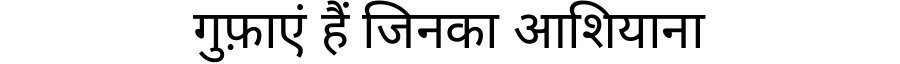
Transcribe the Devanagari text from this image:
गुफ़ाएं हैं जिनका आशियाना